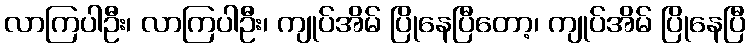
လာကြပါဦး၊ လာကြပါဦး၊ ကျုပ်အိမ် ပြိုနေပြီတော့၊ ကျုပ်အိမ် ပြိုနေပြီ